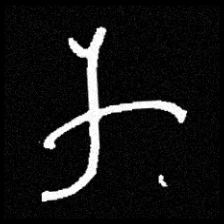
Pyu character \u2014 Myanmar letter: က (romanized: ka)